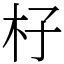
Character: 杍